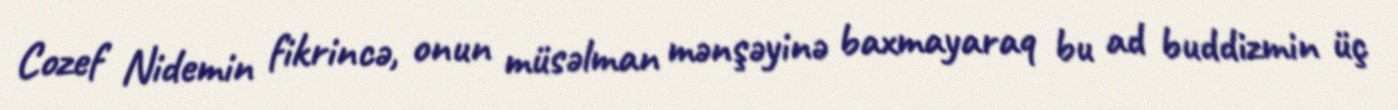
Cozef Nidemin fikrincə, onun müsəlman mənşəyinə baxmayaraq bu ad buddizmin üç